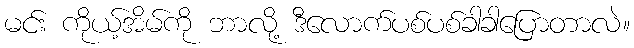
မင်း ကိုယ့်အိမ်ကို ဘာလို့ ဒီလောက်ပစ်ပစ်ခါခါပြောတာလဲ။